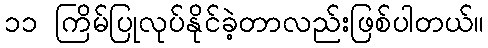
၁၁ ကြိမ်ပြုလုပ်နိုင်ခဲ့တာလည်းဖြစ်ပါတယ်။